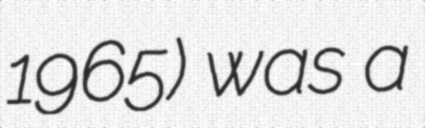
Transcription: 1965) was a